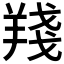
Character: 𦎗